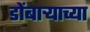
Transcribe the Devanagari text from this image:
डोंबार्‍याच्या